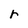
Character: r